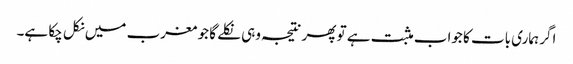
اگر ہماری بات کا جواب مثبت ہے تو پھر نتیجہ وہی نکلے گا جو مغرب میں نکل چکا ہے۔